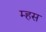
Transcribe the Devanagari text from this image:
म्हस